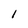
Character: 1